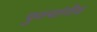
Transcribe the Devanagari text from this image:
फुल्यांनीव